Scientific memoirs by medical officers of the Army of India - Part V,
Year: 1890
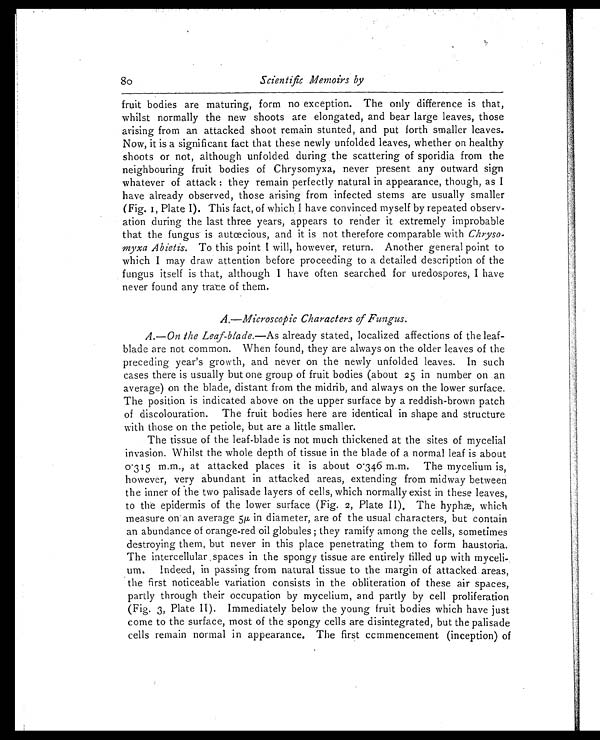
Scientific Memoirs by
fruit bodies are maturing, form no exception. The only difference is that,
whilst normally the new shoots are elongated, and bear large leaves, those
arising from an attacked shoot remain stunted, and put forth smaller leaves.
Now, it is a significant fact that these newly unfolded leaves, whether on healthy
shoots or not, although unfolded during the scattering of sporidia from the
neighbouring fruit bodies of Chrysomyxa, never present any outward sign
whatever of attack: they remain perfectly natural in appearance, though, as I
have already observed, those arising from infected stems are usually smaller
(Fig. 1, Plate I). This fact, of which I have convinced myself by repeated observ
-ation during the last three years, appears to render it extremely improbable
that the fungus is autœcious, and it is not therefore comparable with Chryso
-myxa Abietis. To this point I will, however, return. Another general point to
which I may draw attention before proceeding to a detailed description of the
fungus itself is that, although I have often searched for uredospores, I have
never found any trace of them.
A.—Microscopic Characters of Fungus.
A.—On the Leaf-blade. —As already stated, localized affections of the leaf-
blade are not common. When found, they are always on the older leaves of the
preceding year's growth, and never on the newly unfolded leaves. In such
cases there is usually but one group of fruit bodies (about 25 in number on an
average) on the blade, distant from the midrib, and always on the lower surface.
The position is indicated above on the upper surface by a reddish-brown patch
of discolouration. The fruit bodies here are identical in shape and structure
with those on the petiole, but are a little smaller.
The tissue of the leaf-blade is not much thickened at the sites of mycelial
invasion. Whilst the whole depth of tissue in the blade of a normal leaf is about
0.315 m.m., at attacked places it is about 0.346 m.m. The mycelium is,
however, very abundant in attacked areas, extending from midway between
the inner of the two palisade layers of cells, which normally exist in these leaves,
to the epidermis of the lower surface (Fig. 2, Plate II). The hyphæ, which
measure on an average 5µ in diameter, are of the usual characters, but contain
an abundance of orange-red oil globules; they ramify among the cells, sometimes
destroying them, but never in this place penetrating them to form haustoria.
The intercellular spaces in the spongy tissue are entirely filled up with myceli
-um. Indeed, in passing from natural tissue to the margin of attacked areas,
the first noticeable variation consists in the obliteration of these air spaces,
partly through their occupation by mycelium, and partly by cell proliferation
(Fig. 3, Plate II). Immediately below the young fruit bodies which have just
come to the surface, most of the spongy cells are disintegrated, but the palisade
cells remain normal in appearance. The first commencement (inception) of
80